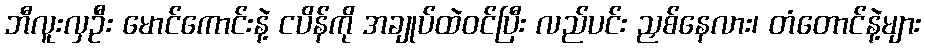
ဘီလူးလှဦး မောင်ကောင်းနဲ့ ငပိန်ကို အချုပ်ထဲဝင်ပြီး လည်ပင်း ညှစ်နေလား၊ တံတောင်နဲ့များ